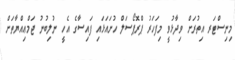
މިނިސްޓަރ އިތުރަށް ވިދާޅުވީ މިފަހަރު ޕްރޮޕޯސަލް ހުށައަޅައި ފައިސާގެ އެހީ ނުލިބުނު ޖަމްޢިއްޔާތަށް